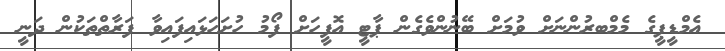
އެމްޑީޕީގެ މެމްބރުންނަށް ވުމަށް ބޭނުންވެގެން ޕާޓީ އޮފީހަށް ފޯމު ހުށަހަޅައިފައިވާ ފަރާތްތަކުން ދަނީ